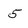
Character: 5